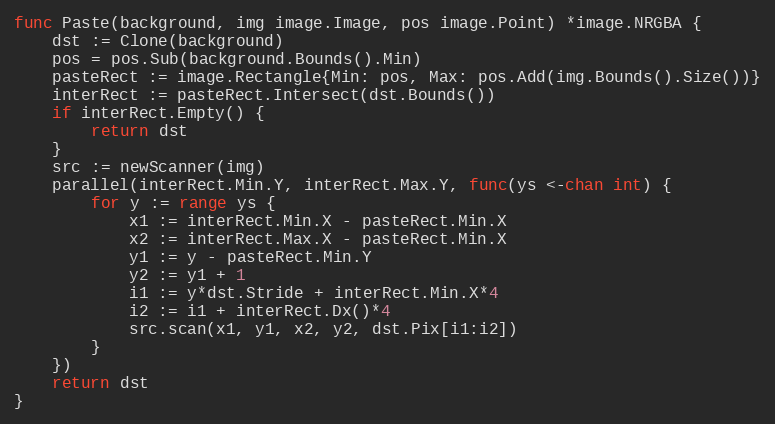
Language: Go
func Paste(background, img image.Image, pos image.Point) *image.NRGBA {
	dst := Clone(background)
	pos = pos.Sub(background.Bounds().Min)
	pasteRect := image.Rectangle{Min: pos, Max: pos.Add(img.Bounds().Size())}
	interRect := pasteRect.Intersect(dst.Bounds())
	if interRect.Empty() {
		return dst
	}
	src := newScanner(img)
	parallel(interRect.Min.Y, interRect.Max.Y, func(ys <-chan int) {
		for y := range ys {
			x1 := interRect.Min.X - pasteRect.Min.X
			x2 := interRect.Max.X - pasteRect.Min.X
			y1 := y - pasteRect.Min.Y
			y2 := y1 + 1
			i1 := y*dst.Stride + interRect.Min.X*4
			i2 := i1 + interRect.Dx()*4
			src.scan(x1, y1, x2, y2, dst.Pix[i1:i2])
		}
	})
	return dst
}